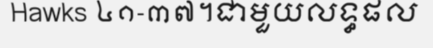
Hawks ៤១-៣៧។ជាមួយលទ្ធផល